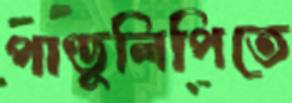
পাণ্ডুলিপিতে